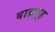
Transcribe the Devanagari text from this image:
बाह्यगृह